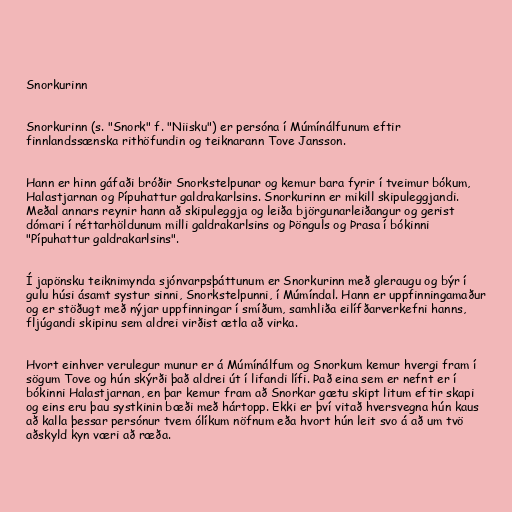
Snorkurinn

Snorkurinn (s. "Snork" f. "Niisku") er persóna í Múmínálfunum eftir
finnlandssænska rithöfundin og teiknarann Tove Jansson.

Hann er hinn gáfaði bróðir Snorkstelpunar og kemur bara fyrir í tveimur bókum,
Halastjarnan og Pípuhattur galdrakarlsins. Snorkurinn er mikill skipuleggjandi.
Meðal annars reynir hann að skipuleggja og leiða björgunarleiðangur og gerist
dómari í réttarhöldunum milli galdrakarlsins og Þönguls og Þrasa í bókinni
"Pípuhattur galdrakarlsins".

Í japönsku teiknimynda sjónvarpsþáttunum er Snorkurinn með gleraugu og býr í
gulu húsi ásamt systur sinni, Snorkstelpunni, í Múmíndal. Hann er uppfinningamaður
og er stöðugt með nýjar uppfinningar í smíðum, samhliða eilífðarverkefni hanns,
fljúgandi skipinu sem aldrei virðist ætla að virka.

Hvort einhver verulegur munur er á Múmínálfum og Snorkum kemur hvergi fram í
sögum Tove og hún skýrði það aldrei út í lifandi lífi. Það eina sem er nefnt er í
bókinni Halastjarnan, en þar kemur fram að Snorkar gætu skipt litum eftir skapi
og eins eru þau systkinin bæði með hártopp. Ekki er því vitað hversvegna hún kaus
að kalla þessar persónur tvem ólíkum nöfnum eða hvort hún leit svo á að um tvö
aðskyld kyn væri að ræða.